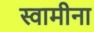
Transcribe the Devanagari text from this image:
स्वामीना